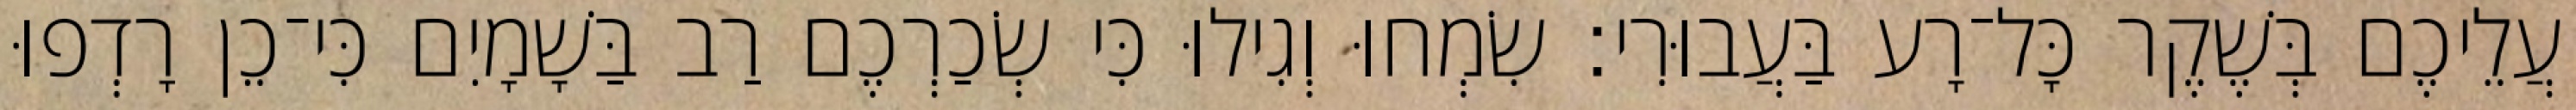
עֲלֵיכֶם בְּשֶׁקֶר כָּל־רָע בַּעֲבוּרִי׃ שִׂמְחוּ וְגִילוּ כִּי שְׂכַרְכֶם רַב בַּשָׁמָיִם כִּי־כֵן רָדְפוּ